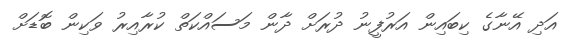
އަދި އޭނާގެ ކިބައިން އަރުފީނު ދުރަށް ދާން މަސައްކަތް ކުރާއިރު ވަކިން ބޮޑަށް